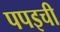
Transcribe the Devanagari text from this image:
पपइची